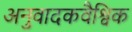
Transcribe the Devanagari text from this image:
अनुवादकवैश्विक